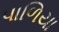
પાળિયા